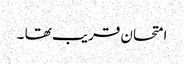
امتحان قریب تھا ۔